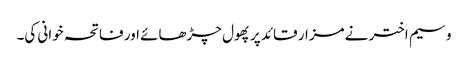
وسیم اختر نے مزار قائد پر پھول چڑھائے اور فاتحہ خوانی کی۔